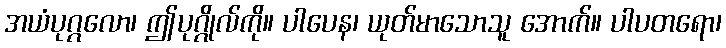
အယံပုဂ္ဂလော၊ ဤပုဂ္ဂိုလ်ကို။ ပါပေန၊ ယုတ်မာသောသူ အောက်။ ပါပတရော၊